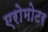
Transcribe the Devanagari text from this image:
एरोमोटर